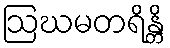
ဩဃမတရိန္တိ